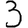
Digit: 3